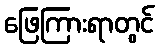
ဖြေကြားရာတွင်